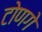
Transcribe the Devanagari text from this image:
टोणगे